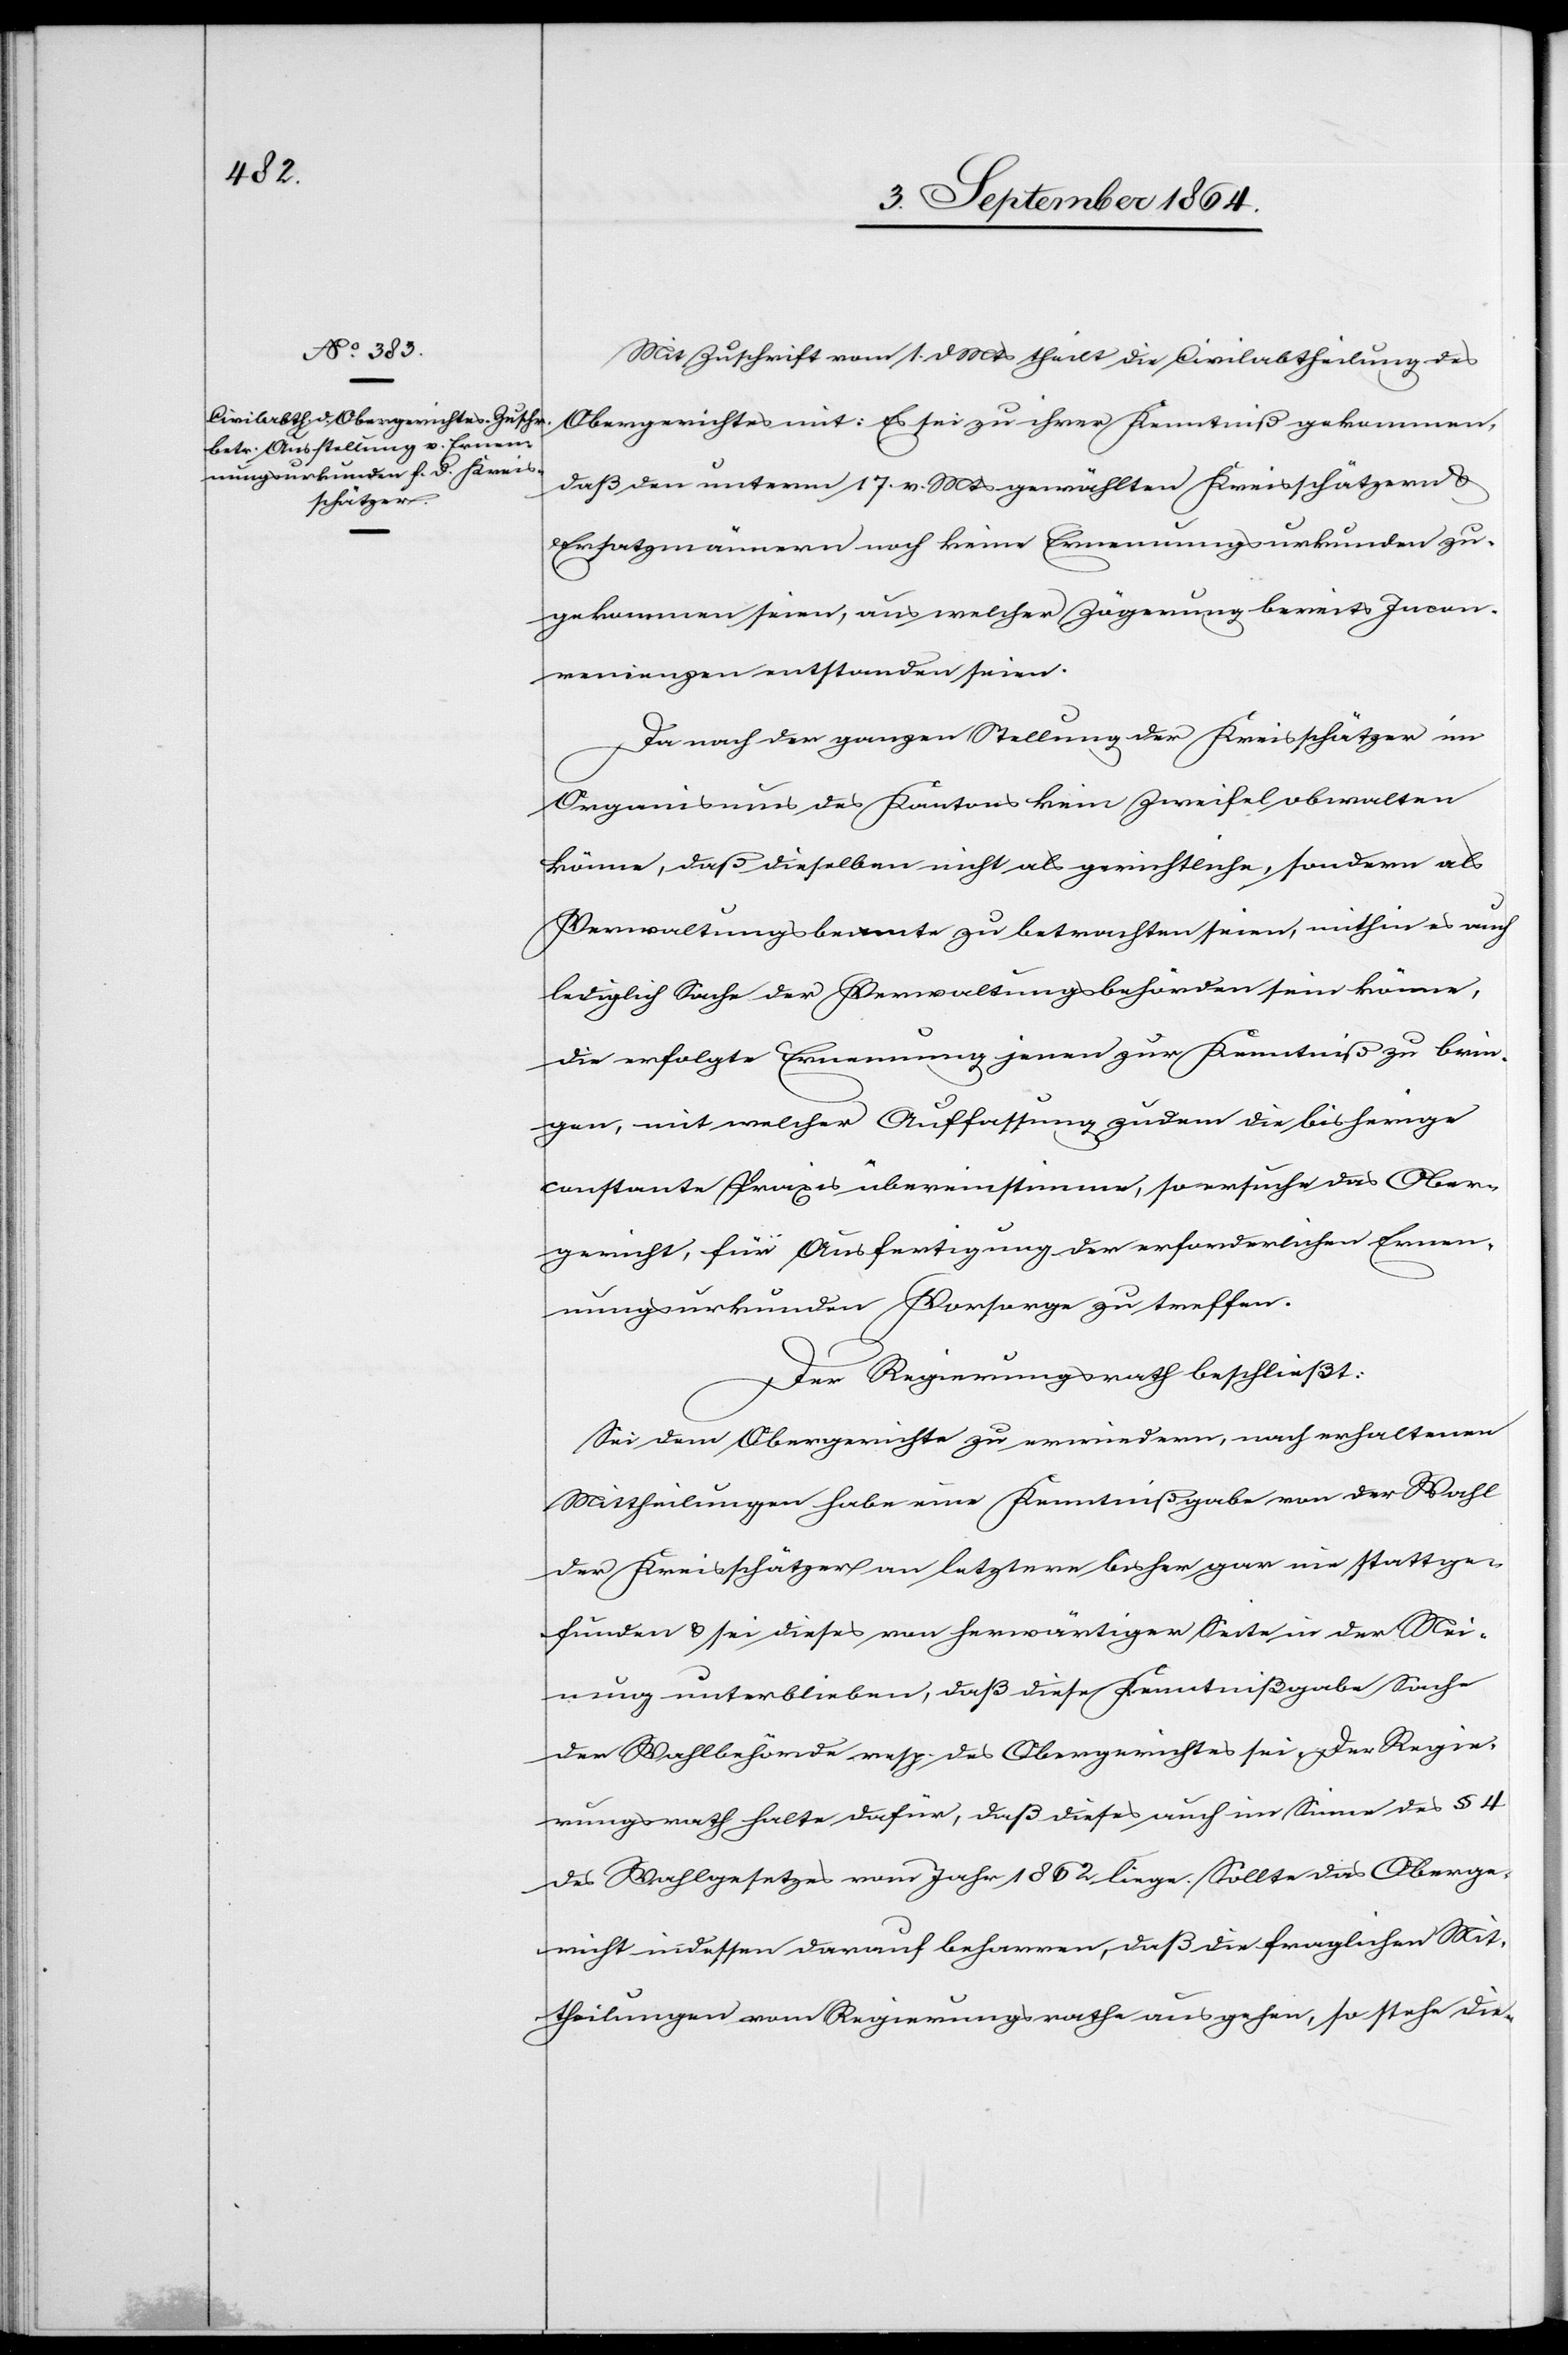
Mit Zuschrift vom 1. d. Mts theilt die Civilabtheilung des
Obergerichtes mit: Es sei zu ihrer Kenntniß gekommen,
daß den unterm 17. v. Mts. gewählten Kreisschätzern &
Ersatzmännern noch keine Ernennungsurkunden zu¬
gekommen seien, aus welcher Zögerung bereits Incon¬
venienzen entstanden seien.
Da nach der ganzen Stellung der Kreisschätzer im
Organismus des Kantons kein Zweifel obwalten
könne, daß dieselben nicht als gerichtliche, sondern als
Verwaltungsbeamte zu betrachten seien, mithin es auch
lediglich Sache der Verwaltungsbehörden sein könne,
die erfolgte Ernennung jenen zur Kenntniß zu brin¬
gen, mit welcher Auffassung zudem die bisherige
constante Praxis übereinstimme, so ersuche das Ober¬
gericht, für Ausfertigung der erforderlichen Ernen¬
nungsurkunden Vorsorge zu treffen.
Der Regierungsrath beschließt:
Sei dem Obergerichte zu erwiedern, nach erhaltenen
Mittheilungen habe eine Kenntnißgabe von der Wahl
der Kreisschätzer an letztere bisher gar nie stattge¬
funden & sei dieses von herwärtiger Seite in der Mei¬
nung unterblieben, daß diese Kenntnißgabe Sache
der Wahlbehörde resp. des Obergerichtes sei. Der Regie¬
rungsrath halte dafür, daß dieses auch im Sinne des § 4
des Wahlgesetzes vom Jahr 1862 liege. Sollte das Oberge¬
richt indessen darauf beharren, daß die fraglichen Mit¬
theilungen vom Regierungsrathe ausgehen, so stehe die-